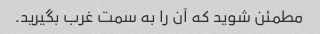
مطمئن شوید که آن را به سمت غرب بگیرید.